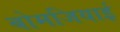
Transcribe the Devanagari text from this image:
बोमजियाई